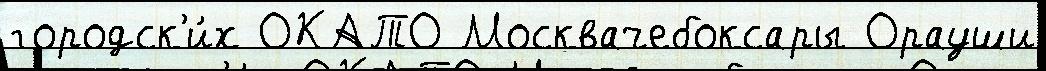
городск'и́х ОКАТО Москвачебоксары Орауши